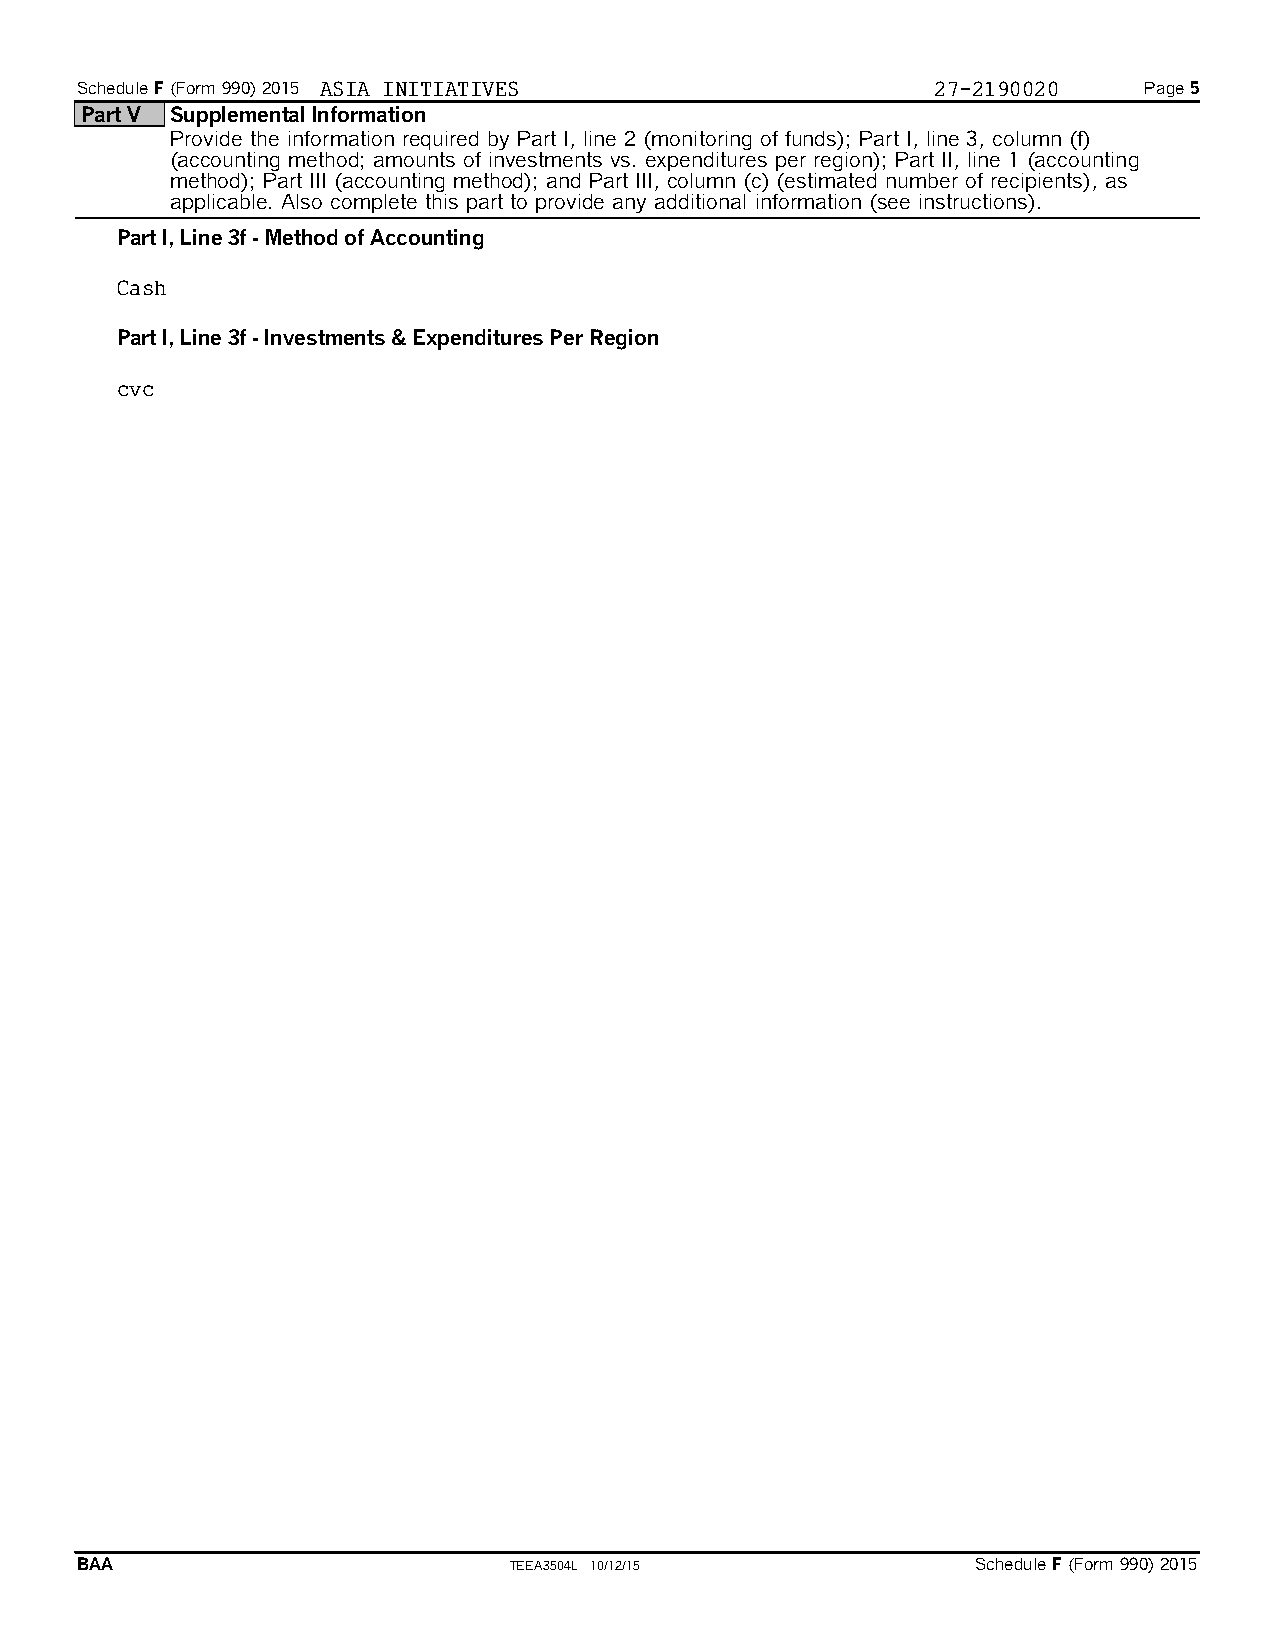
Schedule F(Form 990) 2015 ASIA INITIATIVES               27-2190020    Page 5
 Part V Supplemental Information
 Provide the information required by Part I, line 2 (monitoring of funds); Part I, line 3, column (f)
 (accounting method; amounts of investments vs. expenditures per region); Part II, line 1 (accounting
 method); Part III (accounting method); and Part III, column (c) (estimated number of recipients), as
 applicable. Also complete this part to provide any additional information (see instructions).
 Part I, Line 3f - Method of Accounting
 Cash
 Part I, Line 3f - Investments & Expenditures Per Region
 cvc
 BAA                          TEEA3504L 10/12/15             Schedule F(Form 990) 2015